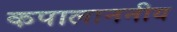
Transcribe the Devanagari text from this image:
कपालाननीय